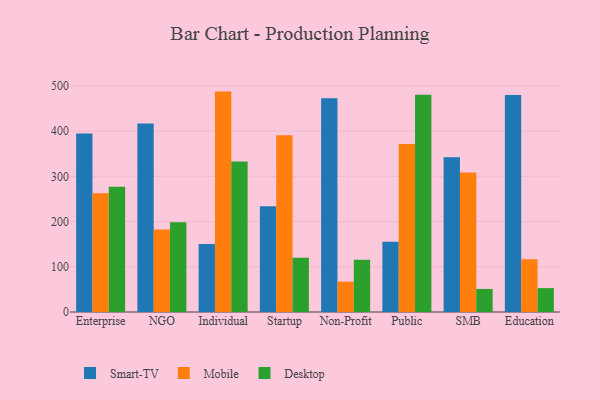
{"axis": {"x": "Segment", "y": "Market Share (%)"}, "legend": ["Desktop", "Mobile", "Smart-TV"], "data": [{"x": "Enterprise", "y": 394.8, "type": "Smart-TV"}, {"x": "Enterprise", "y": 262.8, "type": "Mobile"}, {"x": "Enterprise", "y": 276.8, "type": "Desktop"}, {"x": "NGO", "y": 416.6, "type": "Smart-TV"}, {"x": "NGO", "y": 182.5, "type": "Mobile"}, {"x": "NGO", "y": 198.6, "type": "Desktop"}, {"x": "Individual", "y": 150.6, "type": "Smart-TV"}, {"x": "Individual", "y": 487.3, "type": "Mobile"}, {"x": "Individual", "y": 332.9, "type": "Desktop"}, {"x": "Startup", "y": 233.8, "type": "Smart-TV"}, {"x": "Startup", "y": 390.6, "type": "Mobile"}, {"x": "Startup", "y": 120.1, "type": "Desktop"}, {"x": "Non-Profit", "y": 472.8, "type": "Smart-TV"}, {"x": "Non-Profit", "y": 67.1, "type": "Mobile"}, {"x": "Non-Profit", "y": 115.8, "type": "Desktop"}, {"x": "Public", "y": 155.5, "type": "Smart-TV"}, {"x": "Public", "y": 371.2, "type": "Mobile"}, {"x": "Public", "y": 480.2, "type": "Desktop"}, {"x": "SMB", "y": 342.2, "type": "Smart-TV"}, {"x": "SMB", "y": 308.4, "type": "Mobile"}, {"x": "SMB", "y": 51.0, "type": "Desktop"}, {"x": "Education", "y": 479.8, "type": "Smart-TV"}, {"x": "Education", "y": 116.7, "type": "Mobile"}, {"x": "Education", "y": 52.8, "type": "Desktop"}]}